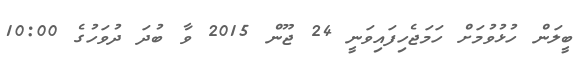
ބީލަން ހުޅުވުމަށް ހަމަޖެހިފައިވަނީ 24 ޖޫން 2015 ވާ ބުދަ ދުވަހުގެ 10:00